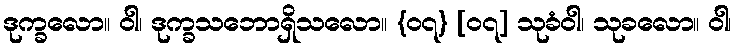
ဒုက္ခလော။ ဝါ၊ ဒုက္ခသဘောရှိသလော။ {၀၇} [၀၇] သုခံဝါ၊ သုခလော။ ဝါ၊